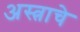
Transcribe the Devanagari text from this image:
अस्त्राचे